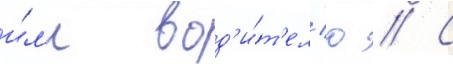
и́л'и вод'и́т'ел'ю // С